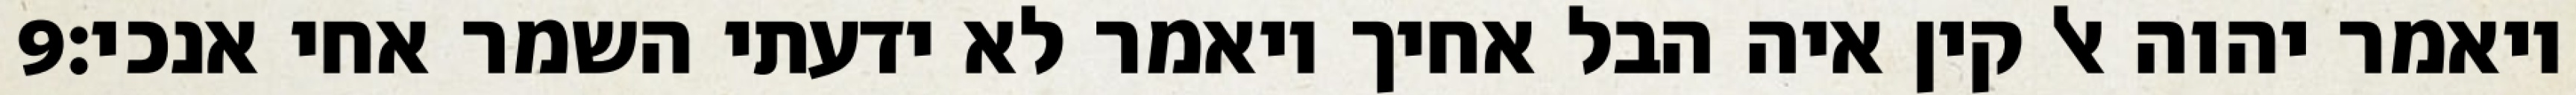
‎9‏ ויאמר יהוה אל קין איה הבל אחיך ויאמר לא ידעתי השמר אחי אנכי׃